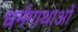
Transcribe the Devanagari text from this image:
धर्मगाथाओं